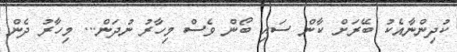
ކުދިންނާއެކު ބޭރަށް ކާން ސައި ބޯން ވެސް މިހާރު ނުދަން... މިހާރު ދެން